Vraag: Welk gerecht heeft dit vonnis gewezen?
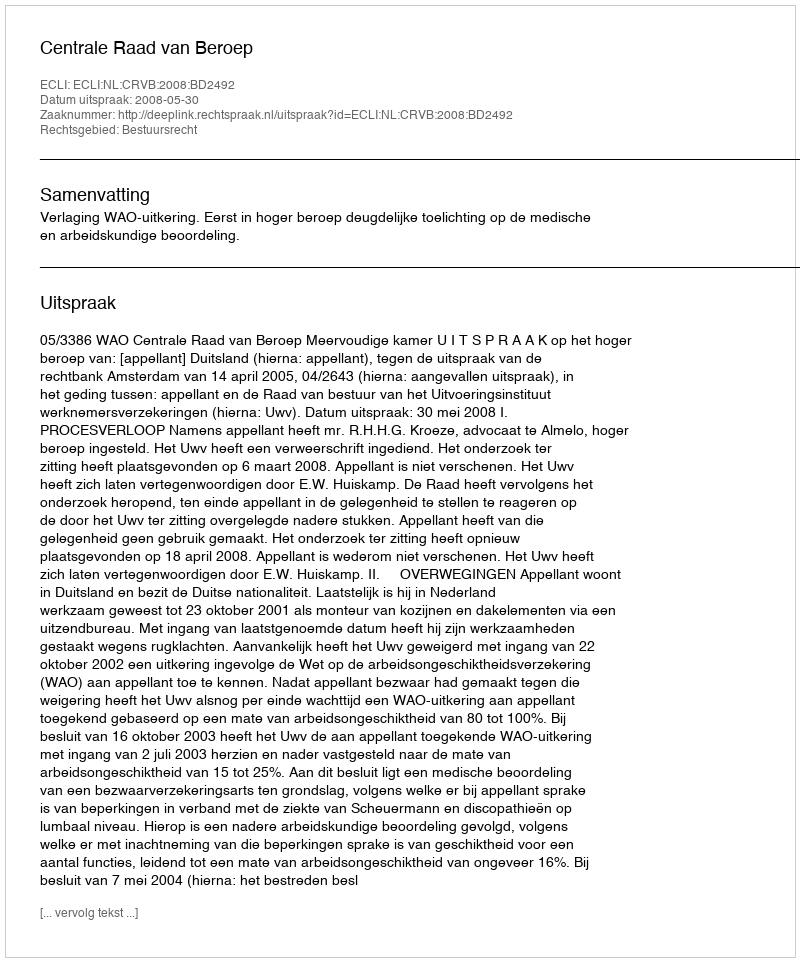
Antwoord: Centrale Raad van Beroep